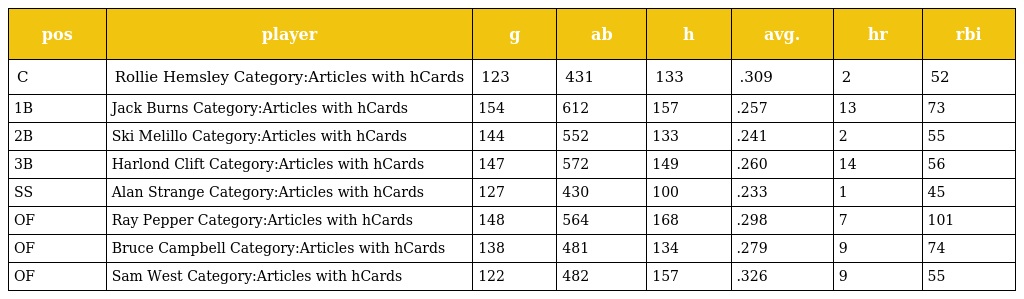
| pos | player | g | ab | h | avg. | hr | rbi |
 | --- | --- | --- | --- | --- | --- | --- | --- |
 | C | Rollie Hemsley Category:Articles with hCards | 123 | 431 | 133 | .309 | 2 | 52 |
 | 1B | Jack Burns Category:Articles with hCards | 154 | 612 | 157 | .257 | 13 | 73 |
 | 2B | Ski Melillo Category:Articles with hCards | 144 | 552 | 133 | .241 | 2 | 55 |
 | 3B | Harlond Clift Category:Articles with hCards | 147 | 572 | 149 | .260 | 14 | 56 |
 | SS | Alan Strange Category:Articles with hCards | 127 | 430 | 100 | .233 | 1 | 45 |
 | OF | Ray Pepper Category:Articles with hCards | 148 | 564 | 168 | .298 | 7 | 101 |
 | OF | Bruce Campbell Category:Articles with hCards | 138 | 481 | 134 | .279 | 9 | 74 |
 | OF | Sam West Category:Articles with hCards | 122 | 482 | 157 | .326 | 9 | 55 |